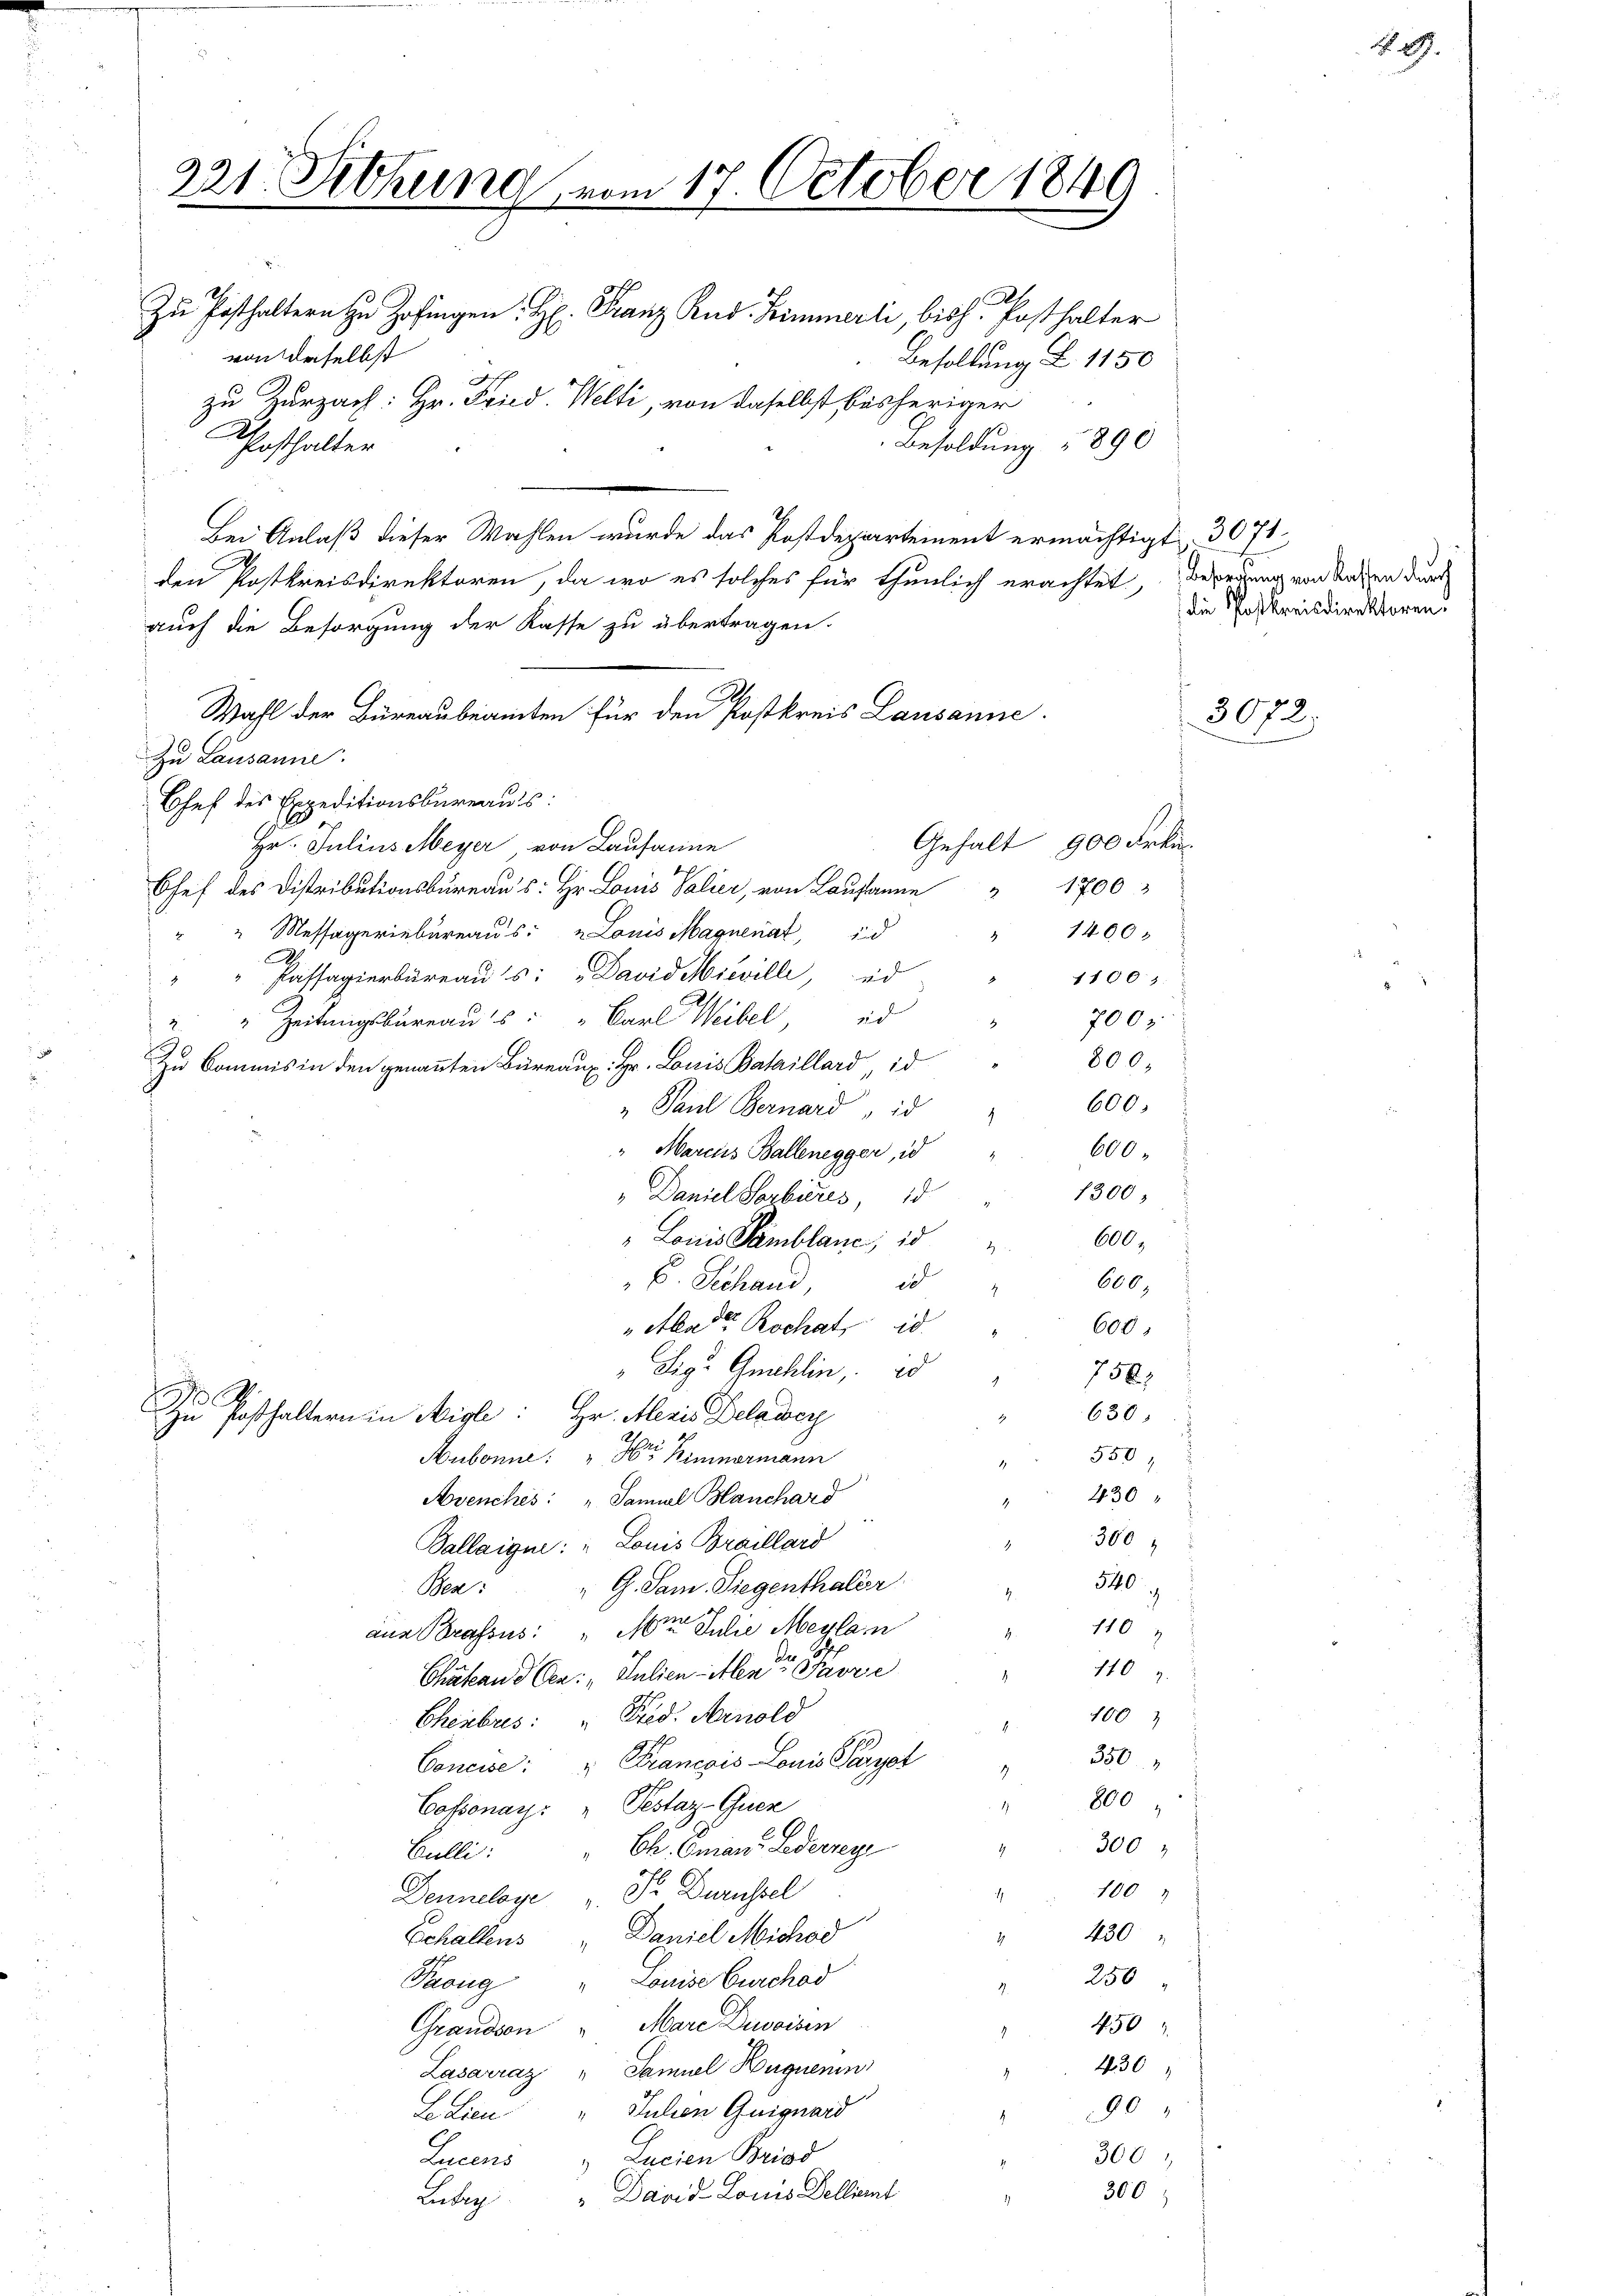
221. Fettung vom 17. October 1849
Zu Posthaltern zu Hofingen: H. Franz Rud. Zimmerli, bish. Posthalter
von daselbst
Besoldung Z 1150
ff
zu Zurzach: Hr. Fried. Welti, von daselbst bisheriger
Besoldung " 890
Klosthalter
.

Bei Anlaß dieser Wahlen wurde das Postdepartement ermächtigt. 3071
den Postkreisdirektoren, da wo es solches für thunlich erachtet, beredung von Raten durch
auch die Besorgung der Kasse zu übertragen.
Wahl der Büreaubeamten für den Postkreis Lausanne.
Zu Lausanne.
Chef des Expeditionsbureaus:
Gehalt 900 Frkn.
Hr. Julius Meyer, von Lausanne
Chef des Distributionsbüreau d: Hr. Louis Salier, von Lausanne " 1700
" " Messageriebureaus: „Louis Magnenat, d
" 1400.
A
Passagierbureaus: "David Mieville, ed
1100
s
700 r
" " Zeitungsbureaus: " Carl Weibel d
800;
Zu kommis in den genannten Büreaux. Hr. Louis Bataillard id
600.
Paul Bernard, id
600
"Marcus Ballenegger, id
1300
" Daniel Sorbieres, 18
600.
Louis Pamblanc, 15 "
e
 E. Schand,
600,
Atlasser Rochat, is
600
Sig. Anschlin, d
758.
.
.
630
zu Posthaltern in Aigle: Hr. Meris Delawer
550 f
Aubonne: " Bimnormann
.
430
Avenches: " Samuel Hauchard
300 f
Ballaigui: „Louis Braillard
540
" G. Sam. Siegenthaler
Pr:
2. 110
aus Brassus: Mir Jahre Maylan
1409.
Chätand Cea: „ Julien-Mende Proze
100
Ehebres: " Fred. Arnold
350
Francois Louis Parzel
Concise:
" 800
Cossonay- " Pestaz-Quer
300
" Ch. Emans Lederrege
Gulli:
100
1
Denneloge " Dr. Durüssel
430
Echaltens " Daniel Michod

250
Louise Burschad
Thang
d
.
450
Grandson " Mare Devoisin
430
Lasarraz " Samuel Hugnenin
90
Le Lieu. " Julien Guiguard
300
Zucens   Lucien Brigd
300;
Lutry. " David Louis Dellint

die Postkreisdirektoren.

3072.

R. 2.